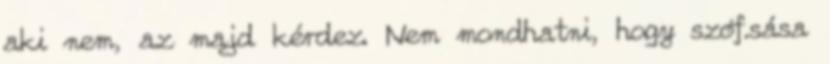
aki nem, az majd kérdez. Nem mondhatni, hogy szóf.sása